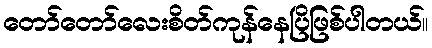
တော်တော်လေးစိတ်ကုန်နေပြိဖြစ်ပါတယ်။